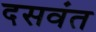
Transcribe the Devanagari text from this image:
दसवंत